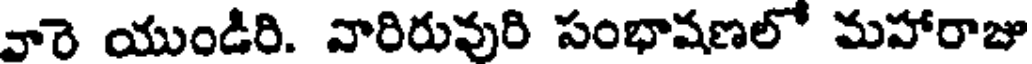
వారె యుండిరి. వారిరువురి పంభాషణలో మహారాజు